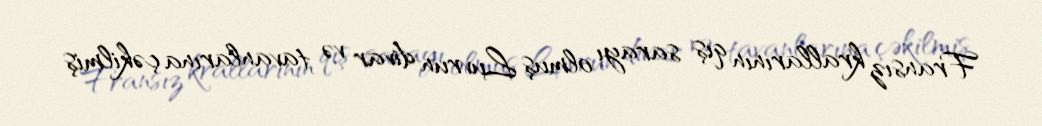
Fransız krallarının qış sarayı olmuş Luvrun divar və tavanlarına çəkilmiş